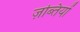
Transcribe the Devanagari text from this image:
ज़ब्तियों